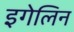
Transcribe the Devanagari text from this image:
इगेलिन